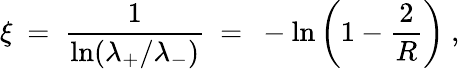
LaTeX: \xi\ =\ \frac{1}{\ln(\lambda_{+}/\lambda_{-})}\ =\ -\ln\left(1-\frac{2}{R}\right)\ ,